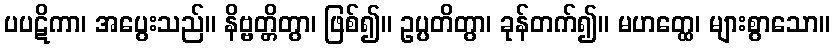
ပပဋိကာ၊ အပွေးသည်။ နိဗ္ဗတ္တိတွာ၊ ဖြစ်၍။ ဥပ္ပတိတွာ၊ ခုန်တက်၍။ မဟတ္ထေ၊ များစွာသော။